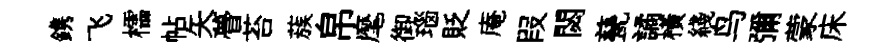
鎸飞櫺帖矢瞢苔蔟帛麾御瑙貶庵叚閟甆譎橫綫鸟彌蒙床